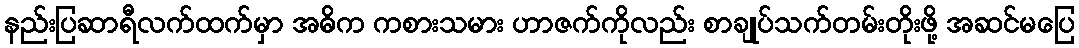
နည်းပြဆာရီလက်ထက်မှာ အဓိက ကစားသမား ဟာဇက်ကိုလည်း စာချုပ်သက်တမ်းတိုးဖို့ အဆင်မပြေ